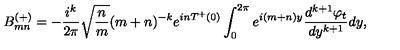
B _ { m n } ^ { ( + ) } = - { \frac { i ^ { k } } { 2 \pi } } \sqrt { { \frac { n } { m } } } ( m + n ) ^ { - k } e ^ { i n T ^ { + } ( 0 ) } \int _ { 0 } ^ { 2 \pi } e ^ { i ( m + n ) y } { \frac { d ^ { k + 1 } \varphi _ { t } } { d y ^ { k + 1 } } } d y ,